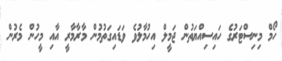
ހޯމް މިނިސްޓަރުގެ ހައިސިއްޔަތުން ޖަމީލް އިހުމާލުވެ ވަޑައިގަތުމުން މާރާމާރީ އާއި މީހުން މެރުން